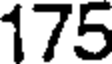
175